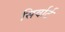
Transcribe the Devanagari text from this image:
सिर्वार्ट